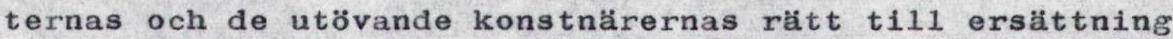
ternas och de utövande konstnärernas rätt till ersättning